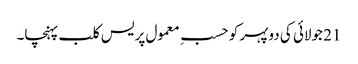
21 جولائی کی دوپہر کو حسبِ معمول پریس کلب پہنچا۔